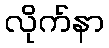
လိုက်နာ